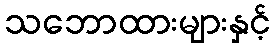
သဘောထားများနှင့်